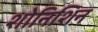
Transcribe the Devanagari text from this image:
शोनिशिन